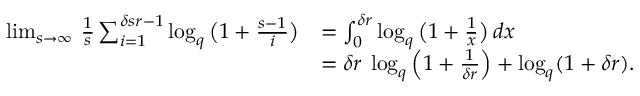
\begin{array} { r l } { \operatorname* { l i m } _ { s \to \infty } \, \frac 1 s \sum _ { i = 1 } ^ { \delta s r - 1 } \log _ { q } \big ( { \textstyle 1 + \frac { s - 1 } { i } } \big ) } & { = \int _ { 0 } ^ { \delta r } \log _ { q } \big ( { \textstyle 1 + \frac { 1 } { x } } \big ) \: d x } \\ & { = \delta r \: \log _ { q } \left( 1 + \frac { 1 } { \delta r } \right) + \log _ { q } ( 1 + \delta r ) . } \end{array}